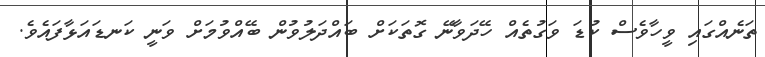
ތަނެއްގައި ވީހާވެސް ކުޑަ ވަގުތެއް ހޭދަވާނޭ ގޮތަކަށް ބައްދަލުވުން ބޭއްވުމަށް ވަނީ ކަނޑައަޅާފައެވެ.